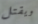
ويقتل